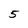
Character: 5